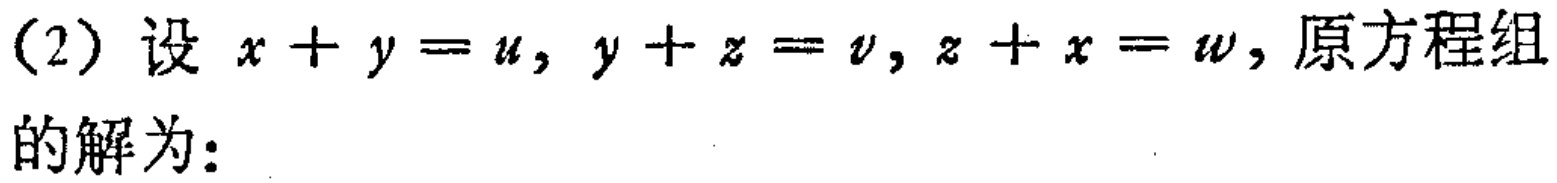
(2) 设 \(x + y = u, y + z = v, z + x = w\), 原方程组
的解为：